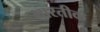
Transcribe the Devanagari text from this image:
भारतीक